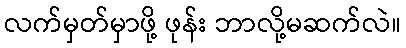
လက်မှတ်မှာဖို့ ဖုန်း ဘာလို့မဆက်လဲ။